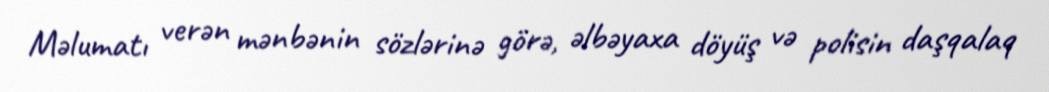
Məlumatı verən mənbənin sözlərinə görə, əlbəyaxa döyüş və polisin daşqalaq